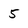
Character: 5